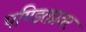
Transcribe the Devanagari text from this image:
पण्डितप्रवर